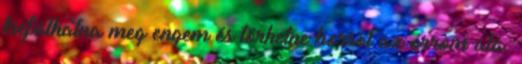
tréfálhatna meg engem és törhetne borsot az orrom alá.